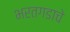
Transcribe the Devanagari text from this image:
भरतगडाचे